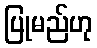
ပြုမည်ဟု